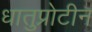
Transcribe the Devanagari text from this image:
धातुप्रोटीन